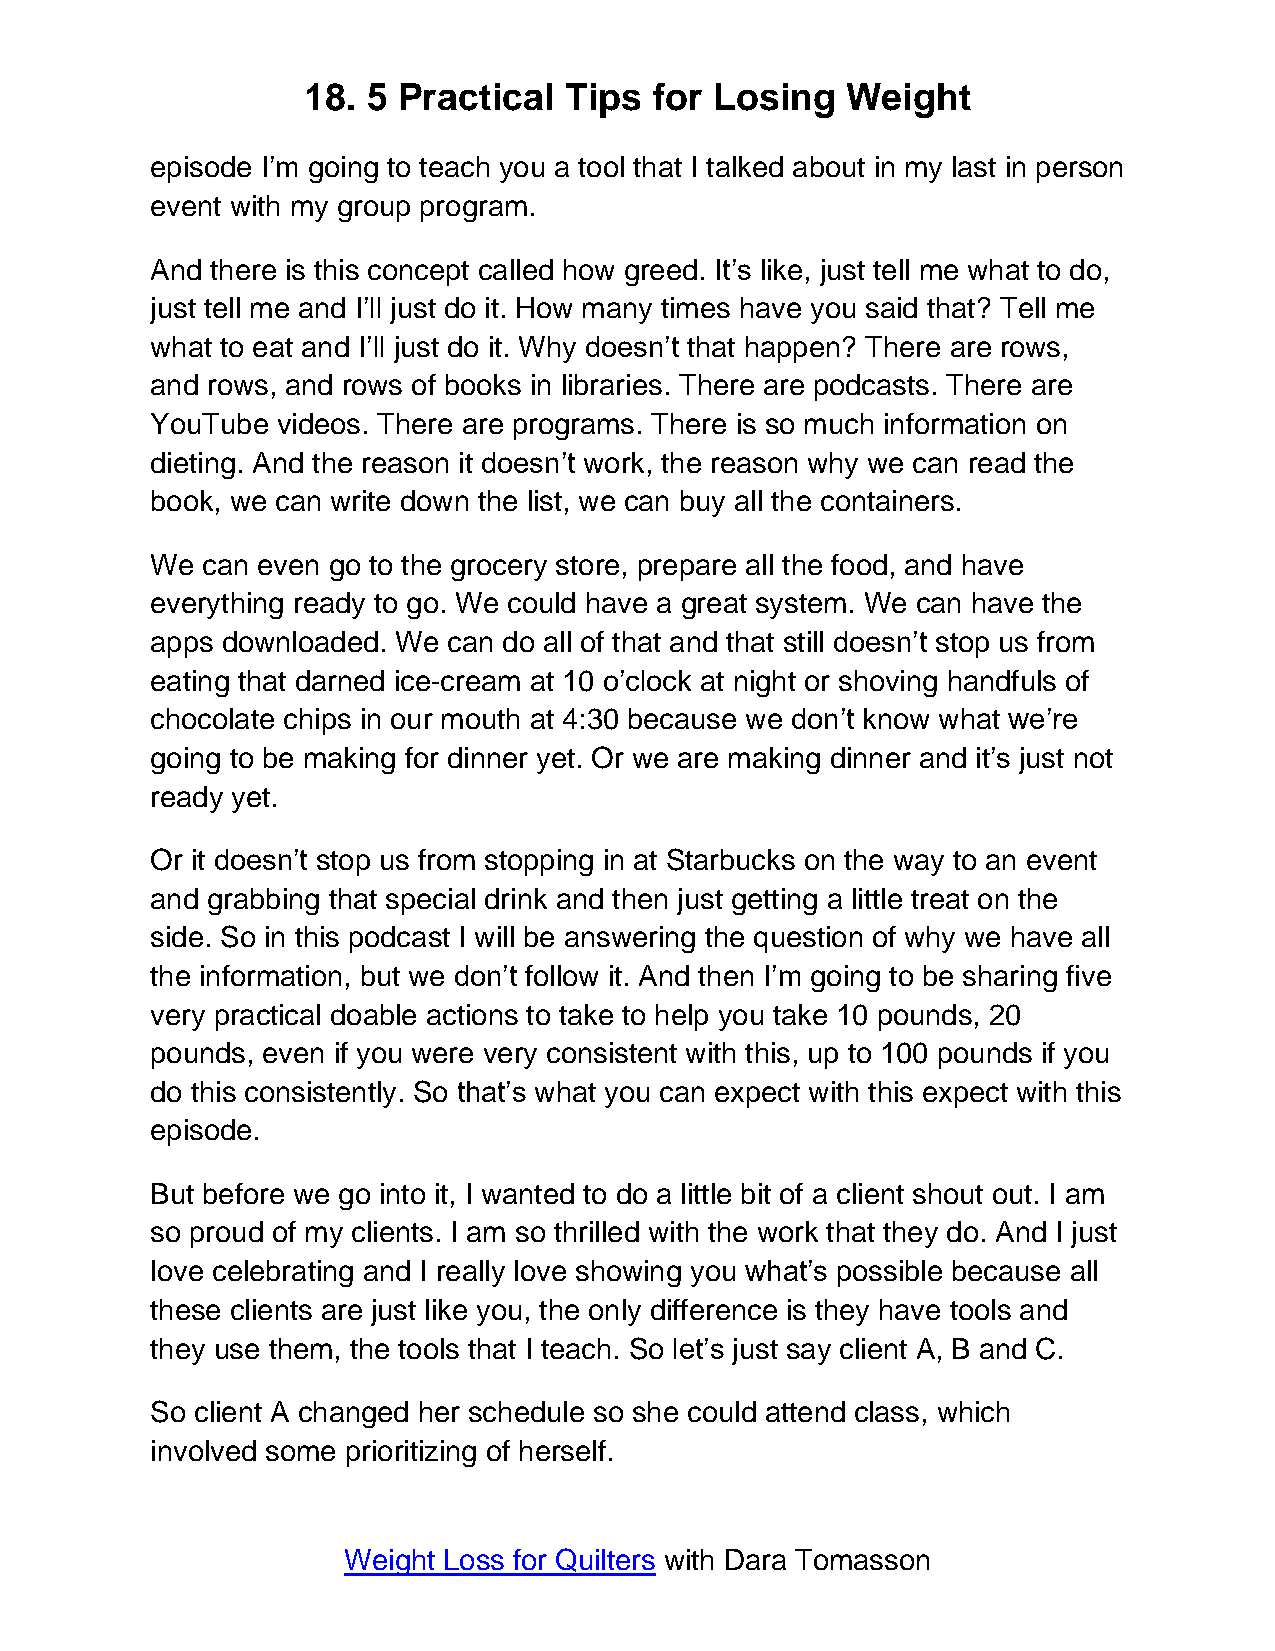
18. 5 Practical  Tips  for Losing   Weight
 episode I’m going to teach you a tool that I talked about in my last in person
 event with my group program.
 And there is this concept called how greed. It’s like, just tell me what to do,
 just tell me and I’ll just do it. How many times have you said that? Tell me
 what to eat and I’ll just do it. Why doesn’t that happen? There are rows,
 and rows, and rows of books in libraries. There are podcasts. There are
 YouTube videos. There are programs. There is so much information on
 dieting. And the reason it doesn’t work, the reason why we can read the
 book, we can write down the list, we can buy all the containers.
 We can even go to the grocery store, prepare all the food, and have
 everything ready to go. We could have a great system. We can have the
 apps downloaded. We can do all of that and that still doesn’t stop us from
 eating that darned ice-cream at 10 o’clock at night or shoving handfuls of
 chocolate chips in our mouth at 4:30 because we don’t know what we’re
 going to be making for dinner yet. Or we are making dinner and it’s just not
 ready yet.
 Or it doesn’t stop us from stopping in at Starbucks on the way to an event
 and grabbing that special drink and then just getting a little treat on the
 side. So in this podcast I will be answering the question of why we have all
 the information, but we don’t follow it. And then I’m going to be sharing five
 very practical doable actions to take to help you take 10 pounds, 20
 pounds, even if you were very consistent with this, up to 100 pounds if you
 do this consistently. So that’s what you can expect with this expect with this
 episode.
 But before we go into it, I wanted to do a little bit of a client shout out. I am
 so proud of my clients. I am so thrilled with the work that they do. And I just
 love celebrating and I really love showing you what’s possible because all
 these clients are just like you, the only difference is they have tools and
 they use them, the tools that I teach. So let’s just say client A, B and C.
 So client A changed her schedule so she could attend class, which
 involved some prioritizing of herself.
 Weight Loss for Quilters with Dara Tomasson